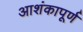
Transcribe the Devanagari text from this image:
आशंकापूर्ण